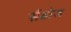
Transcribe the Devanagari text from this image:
सैंडोज